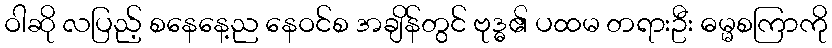
ဝါဆို လပြည့် စနေနေ့ည နေဝင်စ အချိန်တွင် ဗုဒ္ဓ၏ ပထမ တရားဦး ဓမ္မစကြာကို